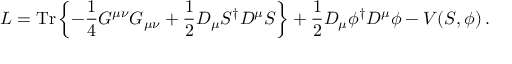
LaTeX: L = \mathrm { T r } \left\{ - \frac { 1 } { 4 } G ^ { \mu \nu } G _ { \mu \nu } + \frac { 1 } { 2 } D _ { \mu } S ^ { \dagger } D ^ { \mu } S \right\} + \frac { 1 } { 2 } D _ { \mu } \phi ^ { \dagger } D ^ { \mu } \phi - V ( S , \phi ) \, .